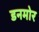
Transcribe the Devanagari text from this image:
डनमोर